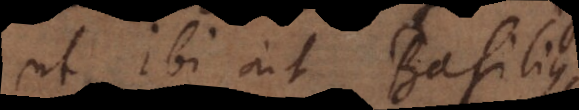
ut ibi ait Basilius,